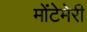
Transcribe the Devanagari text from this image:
मोंटेमेरी